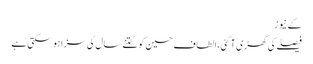
کے نیوز
فیصلے کی گھڑی آگئی،الطاف حسین کوکتنے سال کی سزاہوسکتی ہے